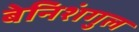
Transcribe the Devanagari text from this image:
बेनिशंगुल